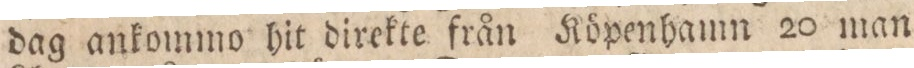
dag ankommo hit direkte från Köpenhamn 20 man